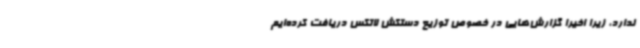
ندارد، زیرا اخیرا گزارش‌هایی در خصوص توزیع دستکش لاتکس دریافت کرده‌ایم